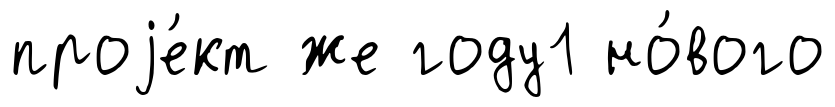
проjе́кт же году1 но́вого